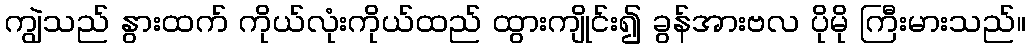
ကျွဲသည် နွားထက် ကိုယ်လုံးကိုယ်ထည် ထွားကျိုင်း၍ ခွန်အားဗလ ပိုမို ကြီးမားသည်။